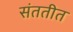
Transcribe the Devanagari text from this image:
संततीत